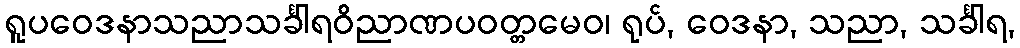
ရူပဝေဒနာသညာသင်္ခါရဝိညာဏပဝတ္တမေဝ၊ ရုပ်, ဝေဒနာ, သညာ, သင်္ခါရ,